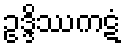
ဥဒ္ဒိဿကဋံ